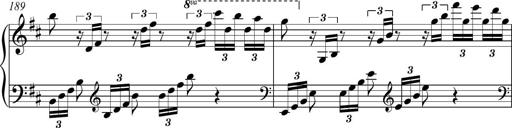
Title: Piano Sonatina in A major
Composer: Z Q Sysmoebius
Key: A major